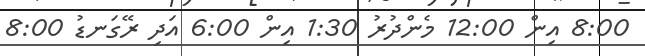
8:00 އިން 12:00 މެންދުރު 1:30 އިން 6:00 އަދި ރޭގަނޑު 8:00